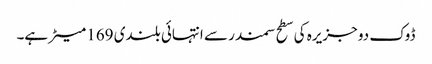
ڈوک دو جزیرہ کی سطح سمندر سے انتہائی بلندی 169 میٹر ہے۔